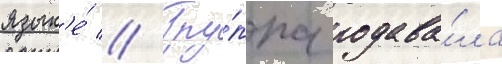
язык'е́ // Гру́ппа подава́ла